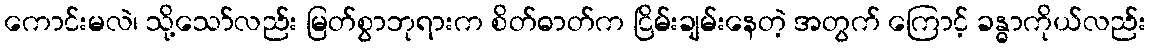
ကောင်းမလဲ၊ သို့သော်လည်း မြတ်စွာဘုရားက စိတ်ဓာတ်က ငြိမ်းချမ်းနေတဲ့ အတွက် ကြောင့် ခန္ဓာကိုယ်လည်း